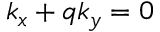
k _ { x } + q k _ { y } = 0